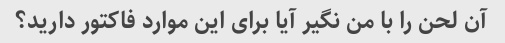
آن لحن را با من نگیر آیا برای این موارد فاکتور دارید؟